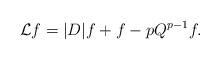
LaTeX: \begin{align*}\mathcal{L}f=|D|f+f-pQ^{p-1}f.\end{align*}